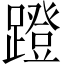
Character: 蹬